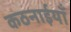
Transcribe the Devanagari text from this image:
कठनाईयाँ